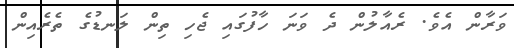
ވަރާން އެވެ. ރެއާލުން ދެ ވަނަ ހާފުގައި ޖެހި ތިން ލަނޑުގެ ތެރެއިން